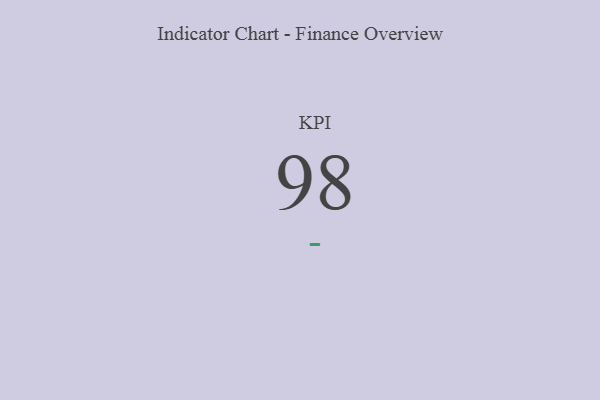
{"axis": {"x": "KPI", "y": "Value"}, "legend": [""], "data": [{"x": "KPI", "y": 98, "type": ""}]}